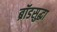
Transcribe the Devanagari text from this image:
ब्रॉडसुद्धा